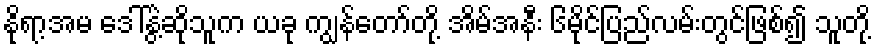
နိုရာ့အမ ဒေါ်နွဲ့ဆိုသူက ယခု ကျွန်တော်တို့ အိမ်အနီး ၆မိုင်ပြည်လမ်းတွင်ဖြစ်၍ သူတို့